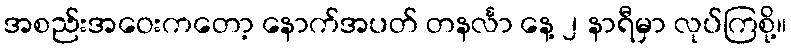
အစည်းအဝေးကတော့ နောက်အပတ် တနင်္လာ နေ့ ၂ နာရီမှာ လုပ်ကြစို့။